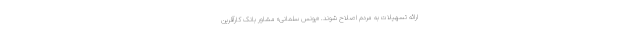
ارائه تسهیلات به مردم اصلاح شوند. «یونس سلمانی» مشاور بانک کارآفرین